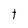
Character: t